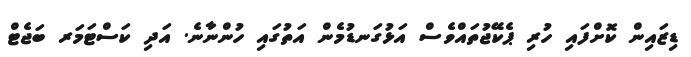
ޑިޒައިން ކޮށްފައި ހުރި ޕެކޭޖުތައްވެސް އަޅުގަނޑުމެން އަތުގައި ހުންނާނެ. އަދި ކަސްޓަމަރ ބަޖެޓް